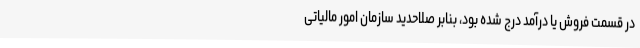
در قسمت فروش یا درآمد درج شده بود، بنابر صلاحدید سازمان امور مالیاتی